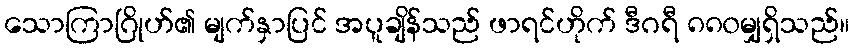
သောကြာဂြိုဟ်၏ မျက်နှာပြင် အပူချိန်သည် ဖာရင်ဟိုက် ဒီဂရီ ၈၈၀မျှရှိသည်။